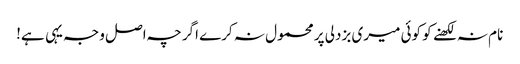
نام نہ لکھنے کو کوئی میری بزدلی پر محمول نہ کرے اگرچہ اصل وجہ یہی ہے!